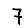
Digit: 7